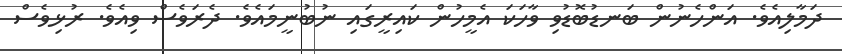
ދަމާލިއެވެ. އަންހެނުން ބަނޑުބޮޑުވި ވާހަކަ އެމީހުން ކައިރީގައި ނުބުނީމައެވެ. ދެރަވެސް ވިއެވެ. ރުޅިވެސް